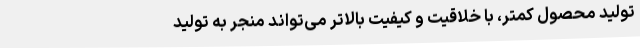
تولید محصول کمتر، با خلاقیت و کیفیت بالاتر می‌تواند منجر به تولید